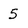
Character: 5